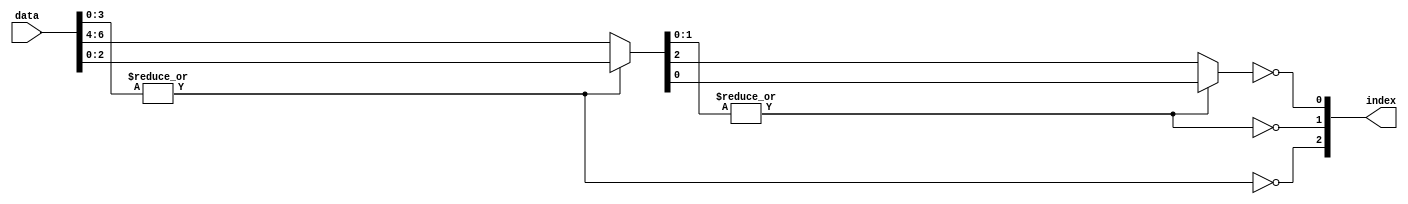
`timescale 1ns / 1ps
//////////////////////////////////////////////////////////////////////////////////
// Company: 
// Engineer: 
// 
// Design Name: 
// Module Name:    find_last_one 
// Project Name: 
// Target Devices: 
// Tool versions: 
// Description: 
//
// Dependencies: 
//
// Revision: 
// Revision 0.01 - File Created
// Additional Comments: 
//
//////////////////////////////////////////////////////////////////////////////////
module find_last_one(
    input [7:0] data,
    output [2:0] index
    );

    wire [3:0] data_4;
    wire [1:0] data_2;

    assign index[2] = ~|data[3:0];
    assign data_4 = index[2] ? data[7:4]:data[3:0];
    assign index[1] = ~|data_4[1:0];
    assign data_2 = index[1] ? data_4[3:2] : data_4[1:0];
    assign index[0] = ~data_2[0];
endmodule